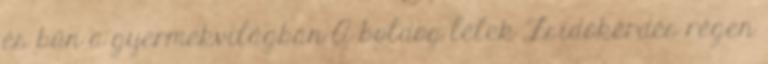
és bűn a gyermekvilágban A boldog lélek Zsidókérdés régen